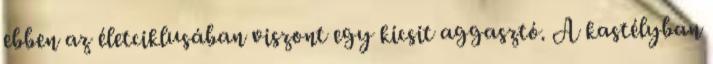
ebben az életciklusában viszont egy kicsit aggasztó. A kastélyban